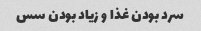
سرد بودن غذا و زیاد بودن سس